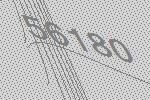
56180